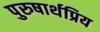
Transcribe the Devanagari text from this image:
पुरुषार्थप्रिय